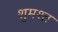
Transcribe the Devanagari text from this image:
शुमश्त